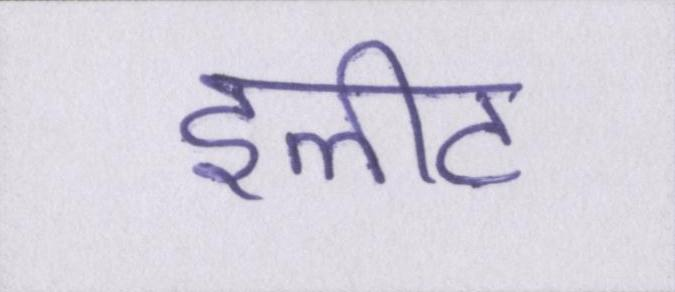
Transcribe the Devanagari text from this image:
इलीट